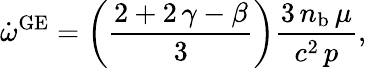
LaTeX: \dot{\omega}^{\mathrm{GE}}=\left(\frac{2+2\, \gamma-\beta}{3}\right)\frac{3\, n_{\mathrm{b}}\, \mu}{c^{2}\, p},